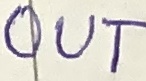
Text: OUT